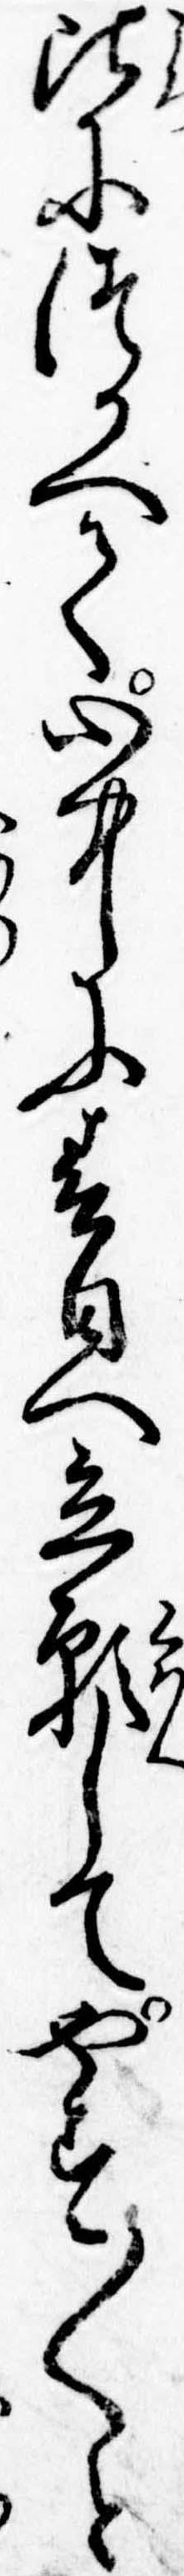
頃につかへて心中に春日へ立願してやす〱と